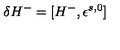
\delta H ^ { - } = [ H ^ { - } , \epsilon ^ { s , 0 } ]